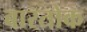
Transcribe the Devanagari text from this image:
बारतोक